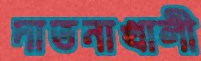
দাতনাখালী